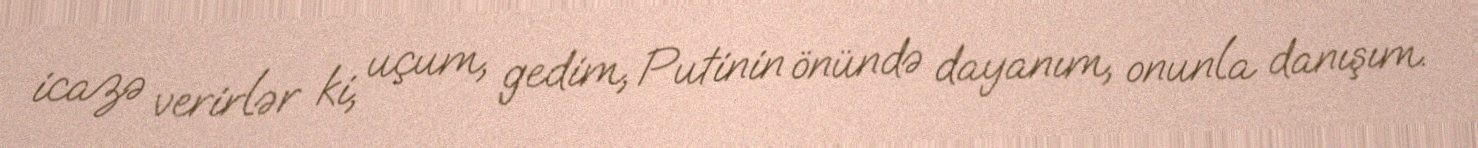
icazə verirlər ki, uçum, gedim, Putinin önündə dayanım, onunla danışım.